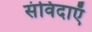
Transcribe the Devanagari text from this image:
संविदाएँ